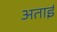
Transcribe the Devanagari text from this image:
अताई